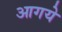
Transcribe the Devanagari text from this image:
आगये